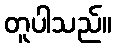
တူပါသည်။